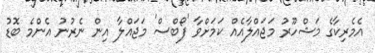
އެމެރިކާގެ މަޝްހޫރު މަޖައްލާއެއް ކަމަށްވާ 'ފޯބްސް' މަޖައްލާ އިން ނެރުނު އެންމެ ބޮޑު